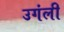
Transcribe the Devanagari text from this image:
उगंली